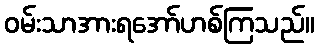
ဝမ်းသာအားရအော်ဟစ်ကြသည်။